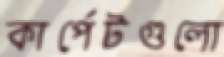
কার্পেটগুলো